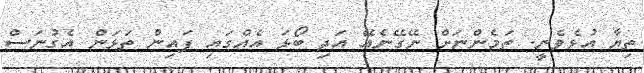
ތިޔާ އުޅެވެނީ. ތަމެންނަށް ނޭގޭނެއޭ އަދި ބޯޅަ އެއްގައި ފައިން ތަޅަން އެގުނަސް